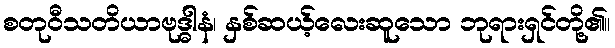
စတုဝီသတိယာဗုဒ္ဓါနံ၊ နှစ်ဆယ့်လေးဆူသော ဘုရားရှင်တို့၏။